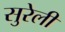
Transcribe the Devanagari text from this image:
सुरेली